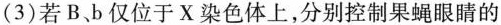
(3)若B、b仅位于X染色体上，分别控制果蝇眼睛的